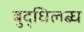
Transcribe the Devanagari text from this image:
बुद्धिलब्ध